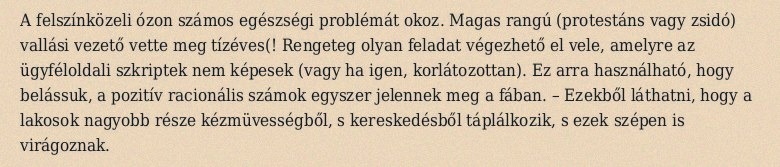
A felszínközeli ózon számos egészségi problémát okoz. Magas rangú (protestáns vagy zsidó) vallási vezető vette meg tízéves(! Rengeteg olyan feladat végezhető el vele, amelyre az ügyféloldali szkriptek nem képesek (vagy ha igen, korlátozottan). Ez arra használható, hogy belássuk, a pozitív racionális számok egyszer jelennek meg a fában. – Ezekből láthatni, hogy a lakosok nagyobb része kézmüvességből, s kereskedésből táplálkozik, s ezek szépen is virágoznak.